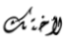
لأختك